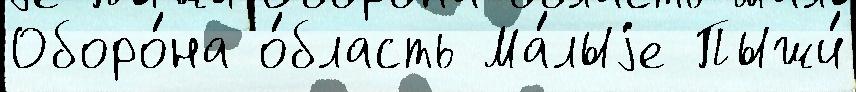
Оборо́на о́бласть Ма́лыjе Пыжи́